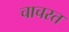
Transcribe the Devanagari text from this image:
चाचरत